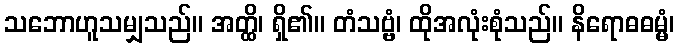
သဘောဟူသမျှသည်။ အတ္ထိ၊ ရှိ၏။ တံသဗ္ဗံ၊ ထိုအလုံးစုံသည်။ နိရောဓဓမ္မံ၊